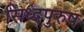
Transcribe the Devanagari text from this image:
सिध्दपुरुष